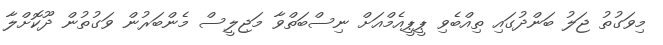
މިވަގުތު ޖަލު ބަންދުގައި ތިއްބެވި ޕީޕީއެމްއަށް ނިސްބަތްވާ މަޖިލީސް މެންބަރުން ވަގުތުން ދޫކޮށްލާ